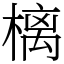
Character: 樆